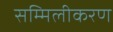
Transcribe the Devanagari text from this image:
सम्मिलीकरण